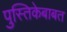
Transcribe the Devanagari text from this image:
पुस्तिकेबाबत